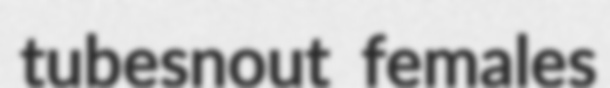
tubesnout females